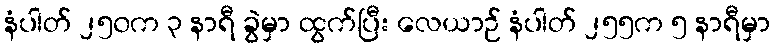
နံပါတ် ၂၅၀က ၃ နာရီ ခွဲမှာ ထွက်ပြီး လေယာဉ် နံပါတ် ၂၅၅က ၅ နာရီမှာ